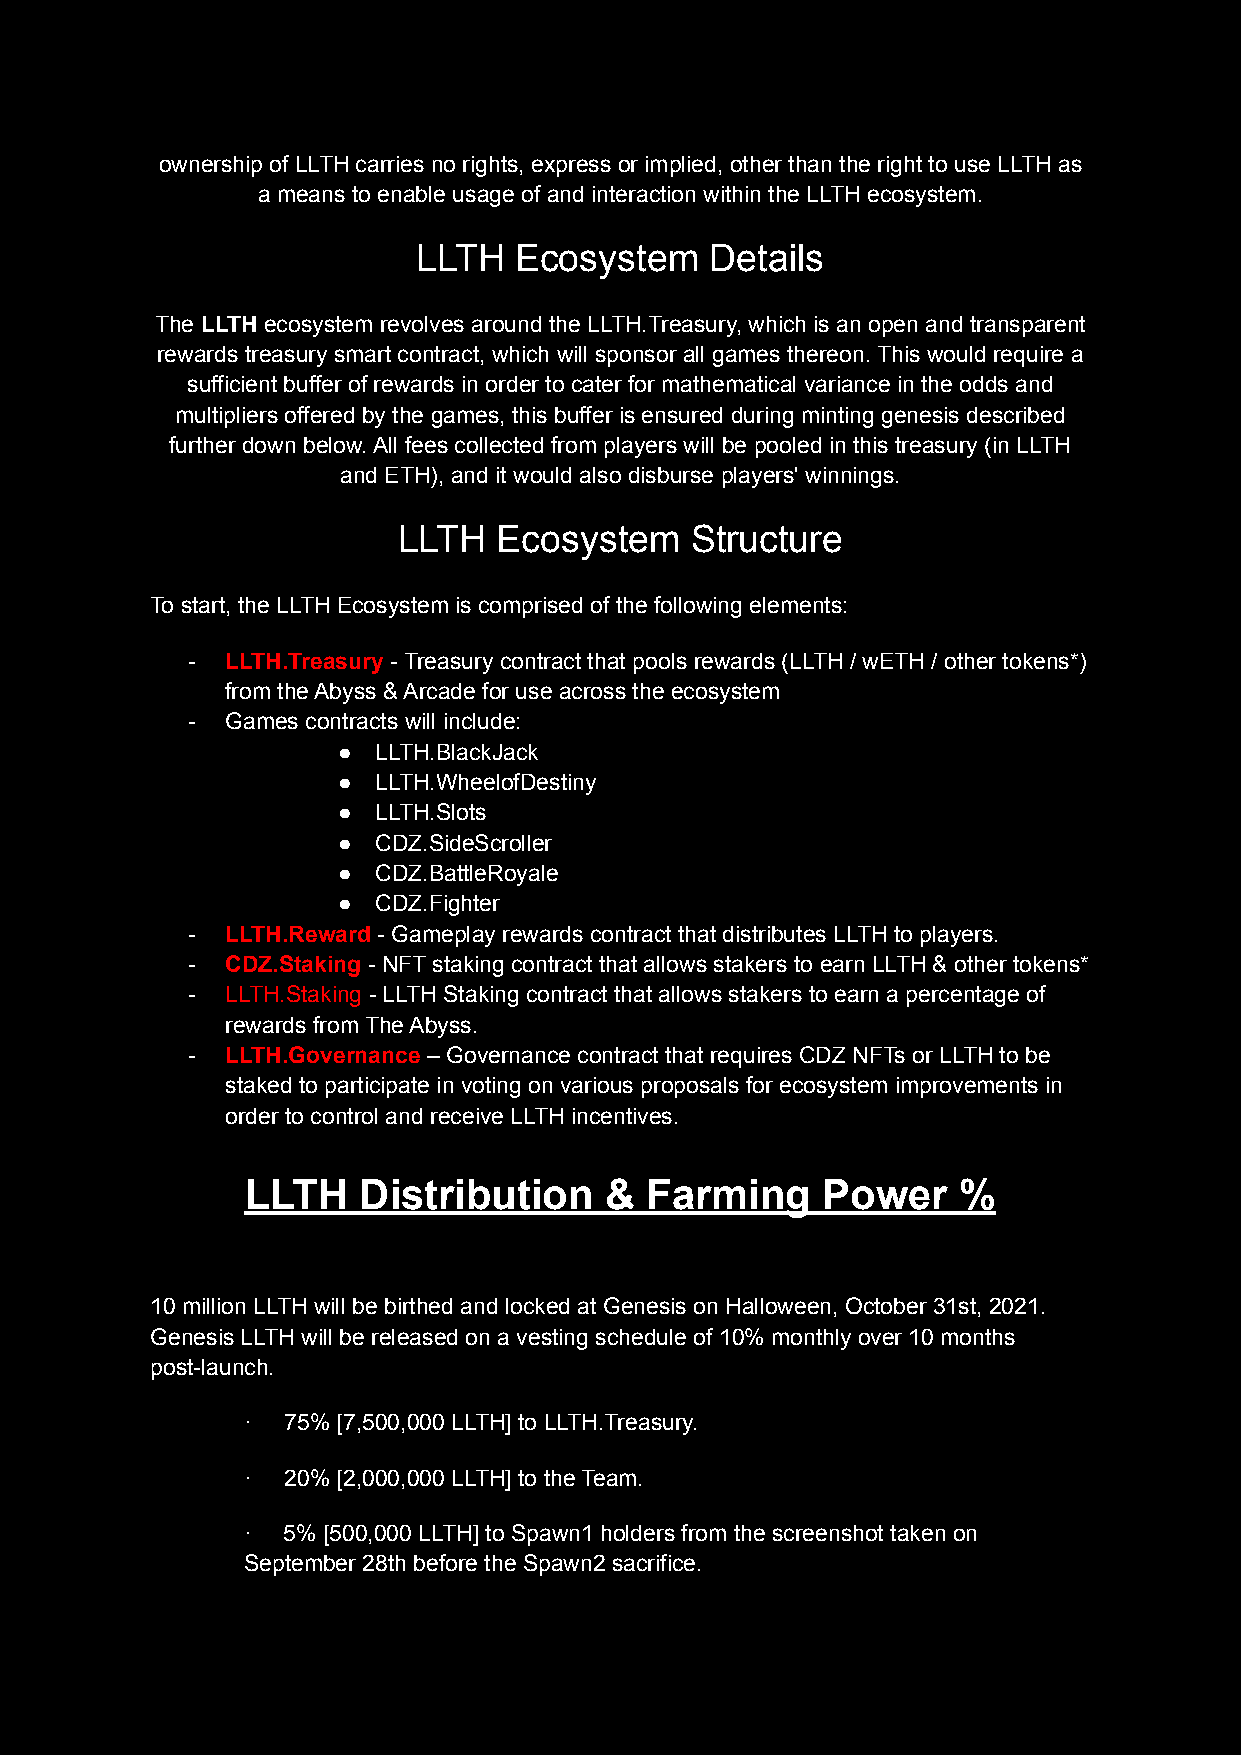
ownership of LLTH carries no rights, express or implied, other than the right to use LLTH as
 a means to enable usage of and interaction within the LLTH ecosystem.
 LLTH  Ecosystem    Details
 The LLTH ecosystem revolves around the LLTH.Treasury, which is an open and transparent
 rewards treasury smart contract, which will sponsor all games thereon. This would require a
 sufficient buffer of rewards in order to cater for mathematical variance in the odds and
 multipliers offered by the games, this buffer is ensured during minting genesis described
 further down below. All fees collected from players will be pooled in this treasury (in LLTH
 and ETH), and it would also disburse players' winnings.
 LLTH   Ecosystem    Structure
 To start, the LLTH Ecosystem is comprised of the following elements:
 -  LLTH.Treasury - Treasury contract that pools rewards (LLTH / wETH / other tokens*)
 from the Abyss & Arcade for use across the ecosystem
 -  Games contracts will include:
 ●  LLTH.BlackJack
 ●  LLTH.WheelofDestiny
 ●  LLTH.Slots
 ●  CDZ.SideScroller
 ●  CDZ.BattleRoyale
 ●  CDZ.Fighter
 -  LLTH.Reward - Gameplay rewards contract that distributes LLTH to players.
 -  CDZ.Staking - NFT staking contract that allows stakers to earn LLTH & other tokens*
 -  LLTH.Staking - LLTH Staking contract that allows stakers to earn a percentage of
 rewards from The Abyss.
 -  LLTH.Governance – Governance contract that requires CDZ NFTs or LLTH to be
 staked to participate in voting on various proposals for ecosystem improvements in
 order to control and receive LLTH incentives.
 LLTH    Distribution    &  Farming    Power    %
 10 million LLTH will be birthed and locked at Genesis on Halloween, October 31st, 2021.
 Genesis LLTH will be released on a vesting schedule of 10% monthly over 10 months
 post-launch.
 ·  75% [7,500,000 LLTH] to LLTH.Treasury.
 ·  20% [2,000,000 LLTH] to the Team.
 ·  5% [500,000 LLTH] to Spawn1 holders from the screenshot taken on
 September 28th before the Spawn2 sacrifice.